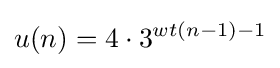
u(n)=4\cdot 3^{wt(n-1)-1}